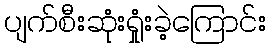
ပျက်စီးဆုံးရှုံးခဲ့ကြောင်း